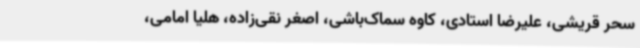
سحر قریشی، علیرضا استادی، کاوه سماک‌باشی، اصغر نقی‌زاده، هلیا امامی،